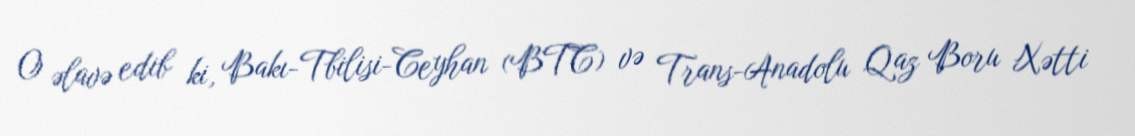
O əlavə edib ki, Bakı-Tbilisi-Ceyhan (BTC) və Trans-Anadolu Qaz Boru Xətti